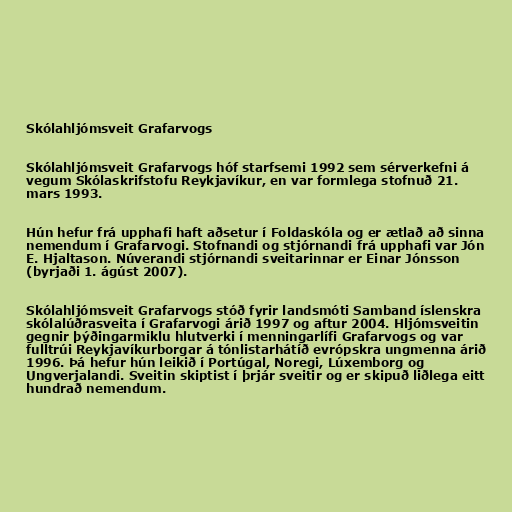
Skólahljómsveit Grafarvogs

Skólahljómsveit Grafarvogs hóf starfsemi 1992 sem sérverkefni á
vegum Skólaskrifstofu Reykjavíkur, en var formlega stofnuð 21.
mars 1993.

Hún hefur frá upphafi haft aðsetur í Foldaskóla og er ætlað að sinna
nemendum í Grafarvogi. Stofnandi og stjórnandi frá upphafi var Jón
E. Hjaltason. Núverandi stjórnandi sveitarinnar er Einar Jónsson
(byrjaði 1. ágúst 2007).

Skólahljómsveit Grafarvogs stóð fyrir landsmóti Samband íslenskra
skólalúðrasveita í Grafarvogi árið 1997 og aftur 2004. Hljómsveitin
gegnir þýðingarmiklu hlutverki í menningarlífi Grafarvogs og var
fulltrúi Reykjavíkurborgar á tónlistarhátíð evrópskra ungmenna árið
1996. Þá hefur hún leikið í Portúgal, Noregi, Lúxemborg og
Ungverjalandi. Sveitin skiptist í þrjár sveitir og er skipuð liðlega eitt
hundrað nemendum.